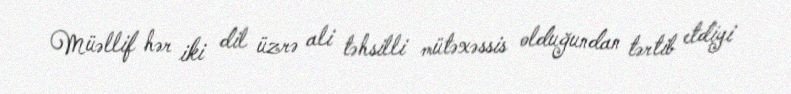
Müəllif hər iki dil üzrə ali təhsilli mütəxəssis olduğundan tərtib etdiyi